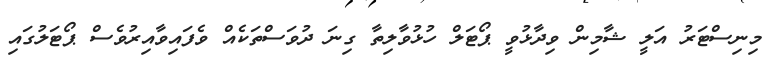
މިނިސްޓަރު އަލީ ޝާމިން ވިދާޅުވީ ޕޯޓަލް ހުޅުވާލިތާ ގިނަ ދުވަސްތަކެއް ވެފައިވާއިރުވެސް ޕޯޓަލުގައި